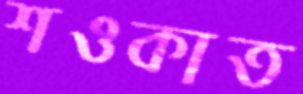
শওকাত